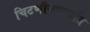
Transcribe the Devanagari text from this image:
चिटणीसपार्कात